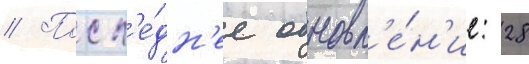
// Посл'е́дн'ее обновл'е́н'ие: 28